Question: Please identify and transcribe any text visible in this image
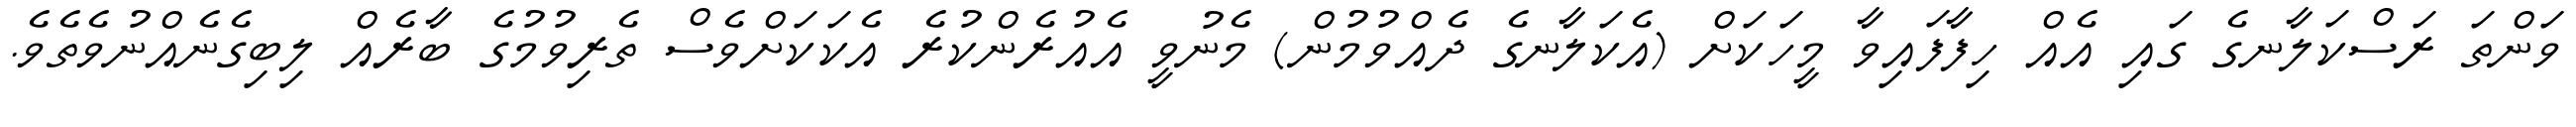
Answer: ވަންތަ ރަސްކަލާނގެ ގައި އެއް ހިފާފައިވާ މީހަކަށް (އެކަލާނގެ ދެއްވުމުން) މެނުވީ އެއުރެންކުރެ އެކަކަށްވެސް ތެރިވުމުގެ ބާރެއް ލިބިގެނެއްނުވެތެވެ.